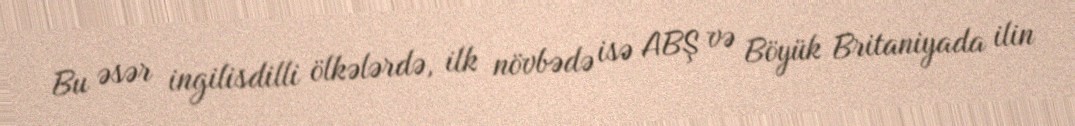
Bu əsər ingilisdilli ölkələrdə, ilk növbədə isə ABŞ və Böyük Britaniyada ilin